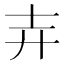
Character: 𮰰